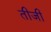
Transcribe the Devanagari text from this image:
तीजी